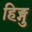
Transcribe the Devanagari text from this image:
हिङ्गु